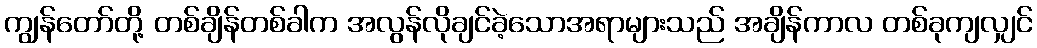
ကျွန်တော်တို့ တစ်ချိန်တစ်ခါက အလွန်လိုချင်ခဲ့သောအရာများသည် အချိန်ကာလ တစ်ခုကျလျှင်